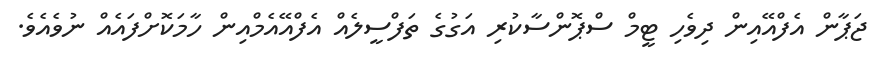
ޖަޕާން އެފްއޭއިން ދިވެހި ޓީމް ސްޕޮންސާކުރި އަގުގެ ތަފްސީލެއް އެފްއޭއެމްއިން ހާމަކޮށްފައެއް ނުވެއެވެ.